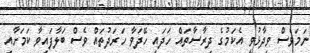
ނަމަވެސް ވިދާޅުވީ އެކަމުގެ ދިރާސާތައް ހަދައި ހޭދަވާ ހަރަދުތައް ވެސް ބަލާފައިވާ ކަމަށާއި